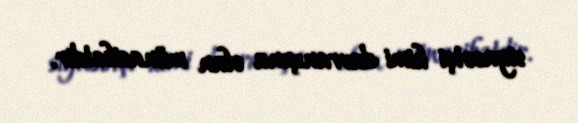
siyasətçi kimi davranışına olan münasibətdir.